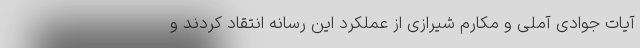
آیات جوادی‌ آملی و مکارم شیرازی از عملکرد این رسانه انتقاد کردند و